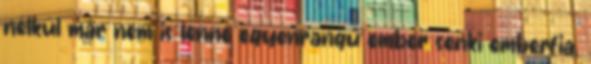
nélkül már nem is lenne egyenrangú ember senki emberfia.